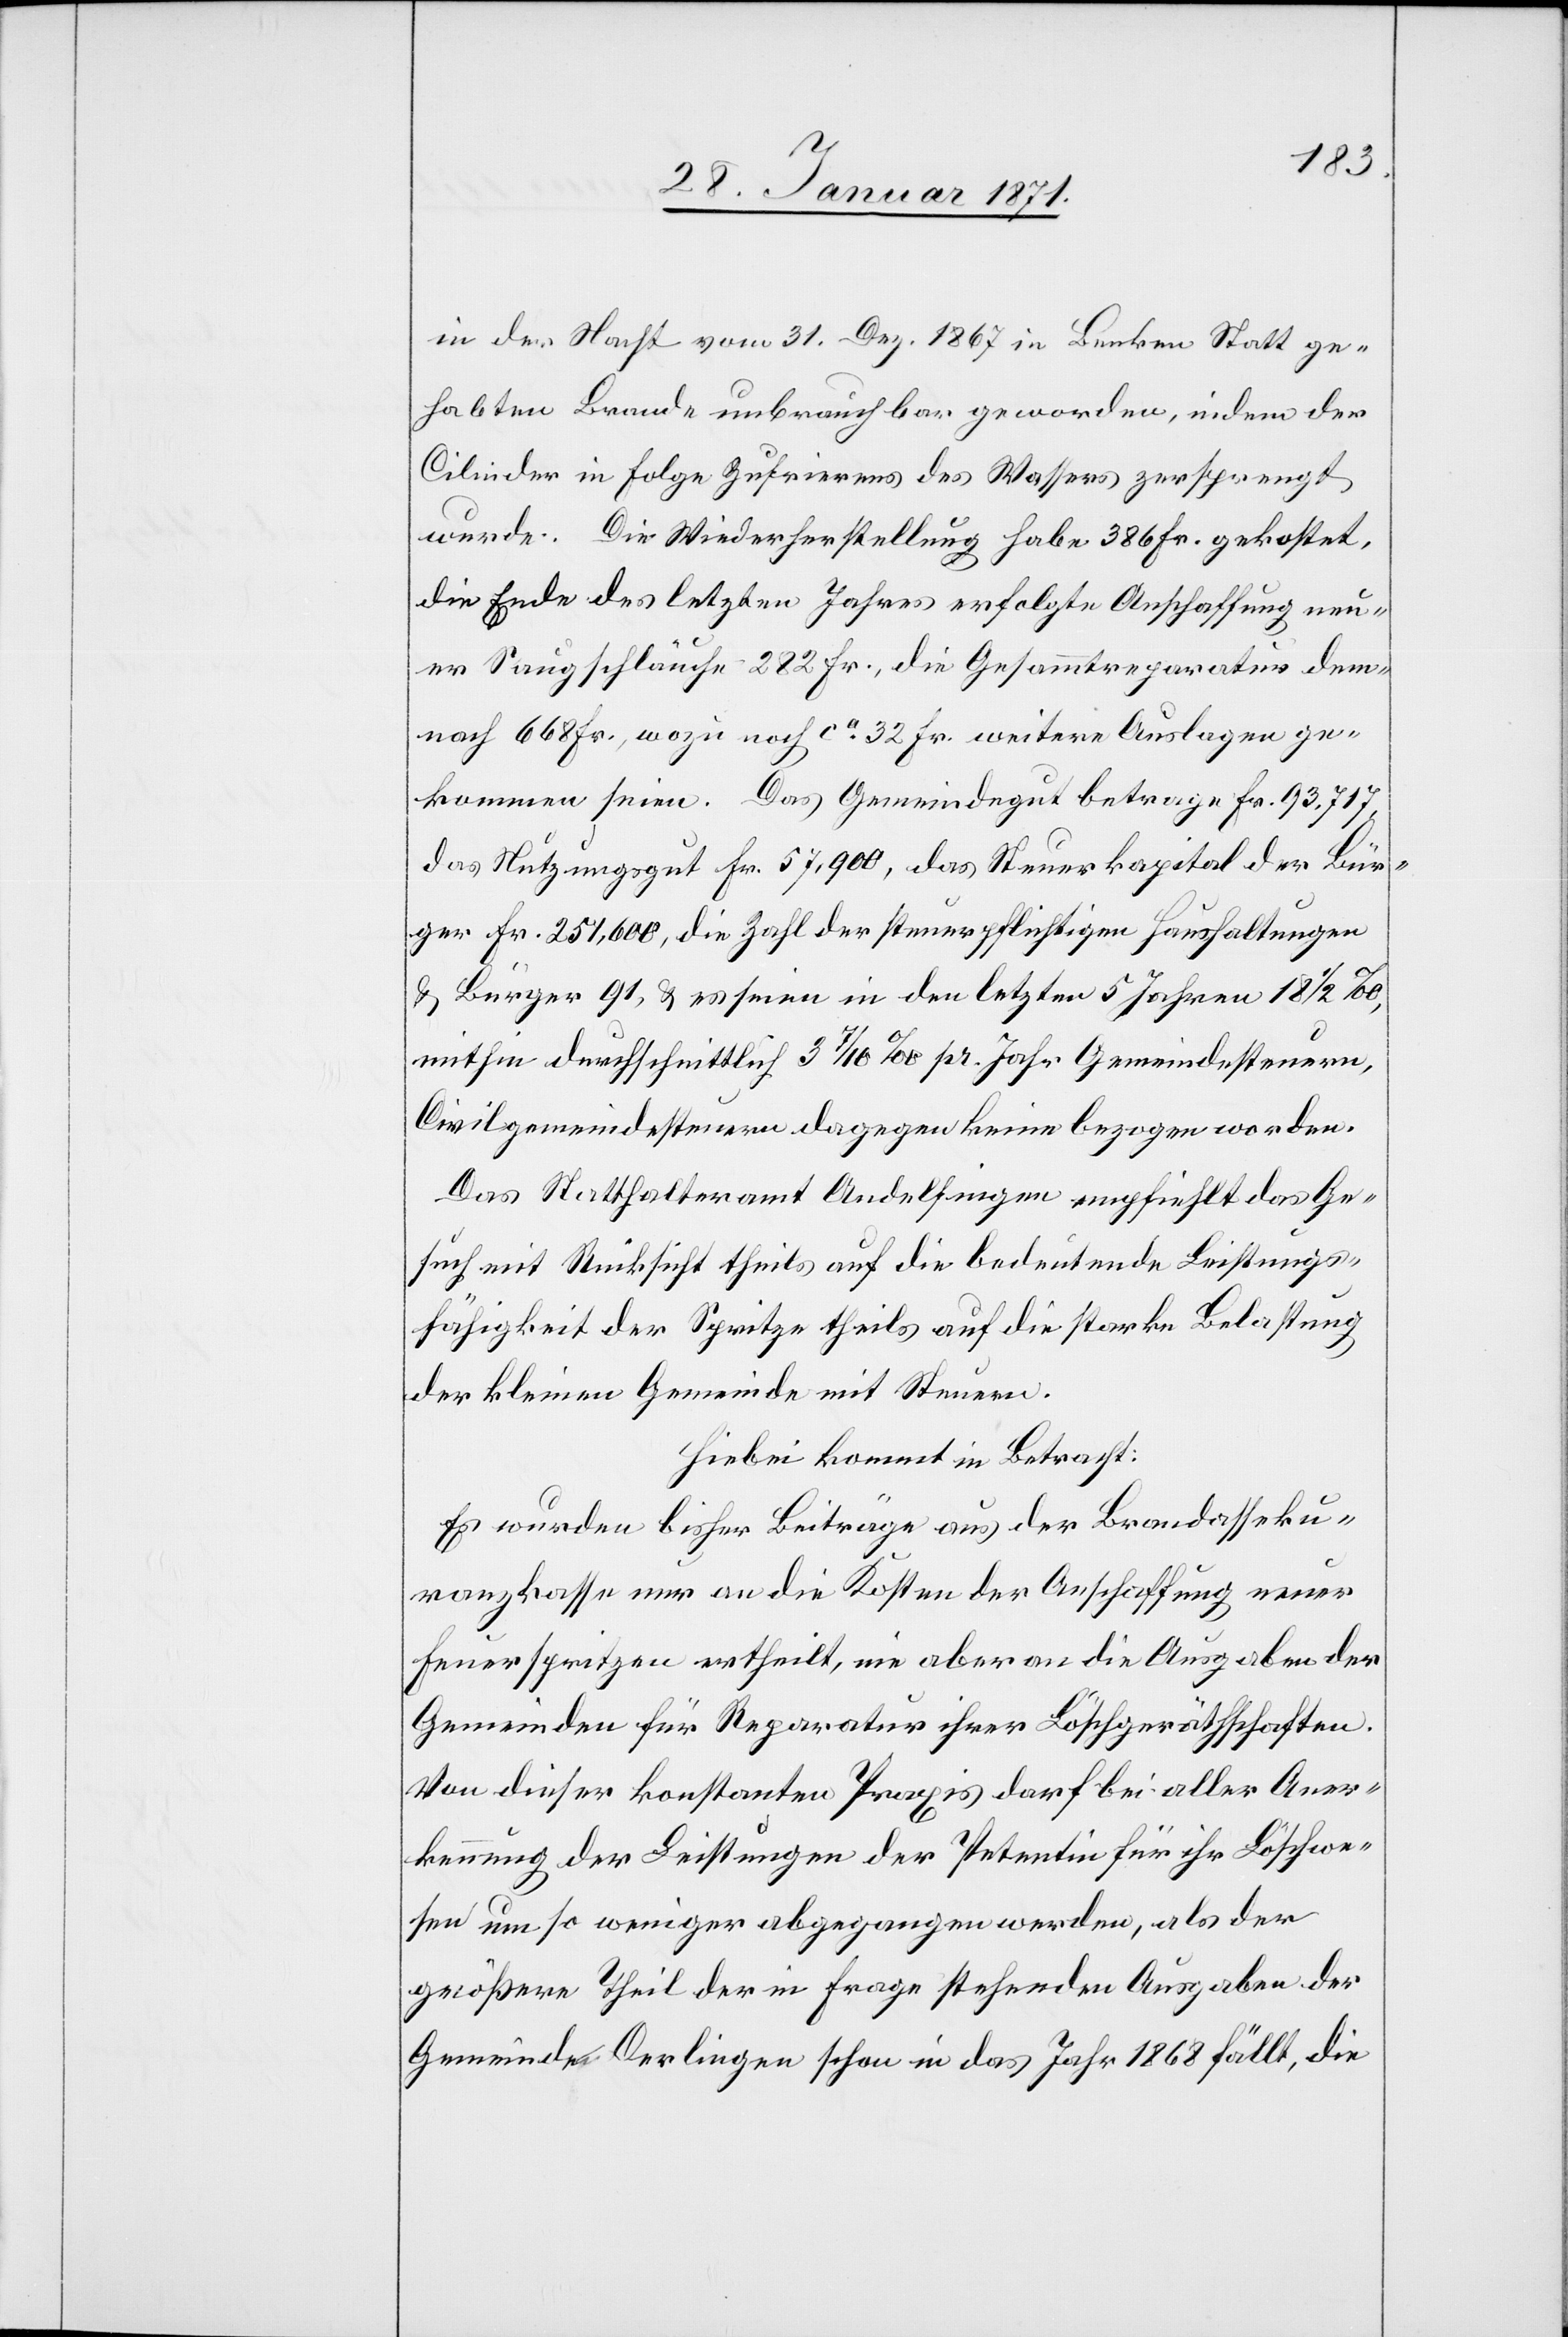
in der Nacht vom 31. Dez. 1867 in Benken Statt ge¬
habten Brande unbrauchbar geworden, indem der
Cilinder in Folge Zufrierens des Wassers zersprengt
wurde. Die Wiederherstellung habe 386 Fr. gekostet,
die Ende des letzten Jahres erfolgte Anschaffung neu¬
er Saugschläuche 282 Fr., die Gesammtreparatur dem¬
nach 668 Fr., wozu noch ca. 32 Fr. weitere Auslagen ge¬
kommen seien. Das Gemeindegut betrage Fr. 93.717,
das Nutzungsgut Fr. 57,900, das Steuerkapital der Bür¬
ger Fr. 251,600, die Zahl der Steuerpflichten Haushaltungen
u. Bürger 91, u. es seien in den letzten 5 Jahren 18 1/2 ‰,
mithin durchschnittlich 3 7/10 ‰ pr. Jahr Gemeindesteuern,
Civilgemeindesteuern dagegen keine bezogen worden.
Das Statthalteramt Andelfingen empfiehlt das Ge¬
such mit Rücksicht theils auf die bedeutende Leistungs¬
fähigkeit der Spritze theils auf die starke Belastung
der kleinen Gemeinde mit Steuern.
Hiebei kommt in Betracht:
Es wurden bisher Beiträge aus der Brandasseku¬
ranzkasse nur an die Kosten der Anschaffung neuer
Feuerspritzen ertheilt, nie aber an die Ausgaben der
Gemeinden für Reparatur ihrer Löschgeräthschaften.
Von dieser konstanten Praxis darf bei aller Aner¬
kennung der Leistungen der Petentin für ihr Löschwe¬
sen um so weniger abgegangen werden, als der
größere Theil der in Frage stehenden Ausgaben der
Gemeinde Oerlingen schon in das Jahr 1868 fällt, die